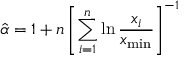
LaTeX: { \hat { \alpha } } = 1 + n \left[ \sum _ { i = 1 } ^ { n } \ln { \frac { x _ { i } } { x _ { \operatorname* { m i n } } } } \right] ^ { - 1 }